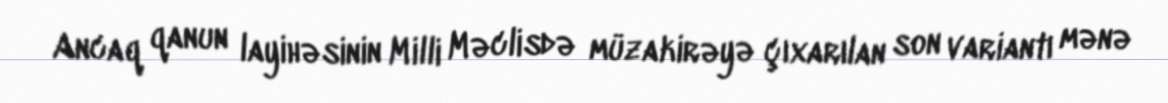
Ancaq qanun layihəsinin Milli Məclisdə müzakirəyə çıxarılan son variantı mənə